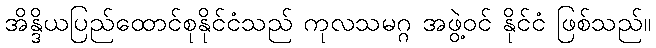
အိန္ဒိယပြည်ထောင်စုနိုင်ငံသည် ကုလသမဂ္ဂ အဖွဲ့ဝင် နိုင်ငံ ဖြစ်သည်။